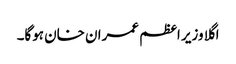
اگلا وزیر اعظم عمران خان ہوگا۔